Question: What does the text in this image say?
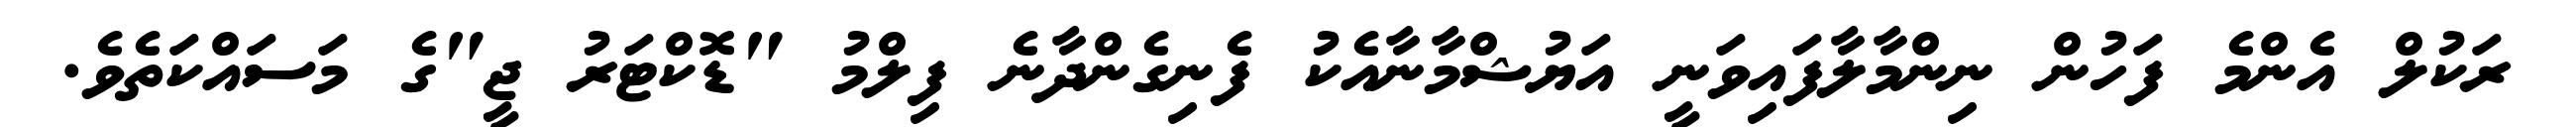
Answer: ރަކުލް އެންމެ ފަހުން ނިންމާލާފައިވަނީ އަޔުޝްމާނާއެކު ފެނިގެންދާނެ ފިލްމު "ޑޮކްޓަރު ޖީ"ގެ މަސައްކަތެވެ.